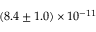
( 8 . 4 \pm 1 . 0 ) \times 1 0 ^ { - 1 1 }